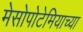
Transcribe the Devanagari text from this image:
मेसोपोटेमियाच्या